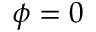
\phi = 0